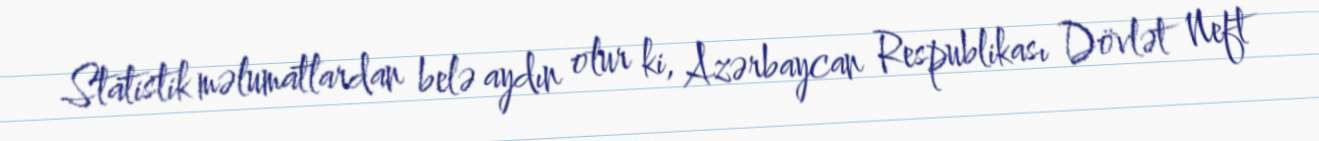
Statistik məlumatlardan belə aydın olur ki, Azərbaycan Respublikası Dövlət Neft